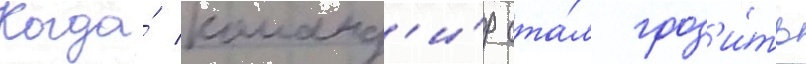
Когда́ команд'и́р ста́л гроз'и́ть